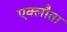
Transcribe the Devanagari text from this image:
एक्लौता